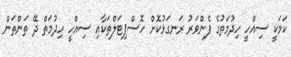
ކަމަކީ ސިއްހީ ހިދުމަތުގެ ފެންވަރު ރަނގަޅުކޮށް ހޮސްޕިޓަލްތަކާއި ސިއްހީ ހިދުމަތް ދޭ ތަންތަން